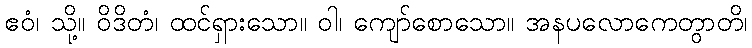
ဧဝံ၊ သို့။ ဝိဒိတံ၊ ထင်ရှားသော။ ဝါ၊ ကျော်စောသော။ အနပလောကေတွာတိ၊